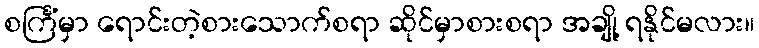
စင်္ကြံမှာ ရောင်းတဲ့စားသောက်စရာ ဆိုင်မှာစားစရာ အချို့ ရနိုင်မလား။